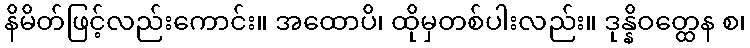
နိမိတ်ဖြင့်လည်းကောင်း။ အထောပိ၊ ထိုမှတစ်ပါးလည်း။ ဒုန္နိဝတ္ထေန စ၊